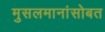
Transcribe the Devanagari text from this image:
मुसलमानांसोबत